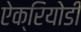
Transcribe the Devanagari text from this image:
ऐक्रियोडी